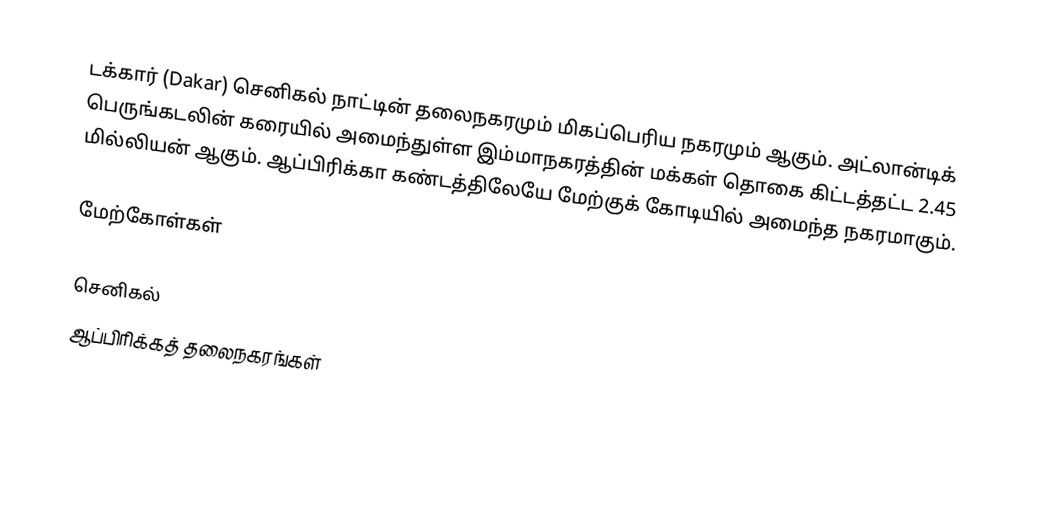
டக்கார் (Dakar) செனிகல் நாட்டின் தலைநகரமும் மிகப்பெரிய நகரமும் ஆகும். அட்லான்டிக் பெருங்கடலின் கரையில் அமைந்துள்ள இம்மாநகரத்தின் மக்கள் தொகை கிட்டத்தட்ட 2.45 மில்லியன் ஆகும். ஆப்பிரிக்கா கண்டத்திலேயே மேற்குக் கோடியில் அமைந்த நகரமாகும்.

மேற்கோள்கள்

செனிகல்
ஆப்பிரிக்கத் தலைநகரங்கள்